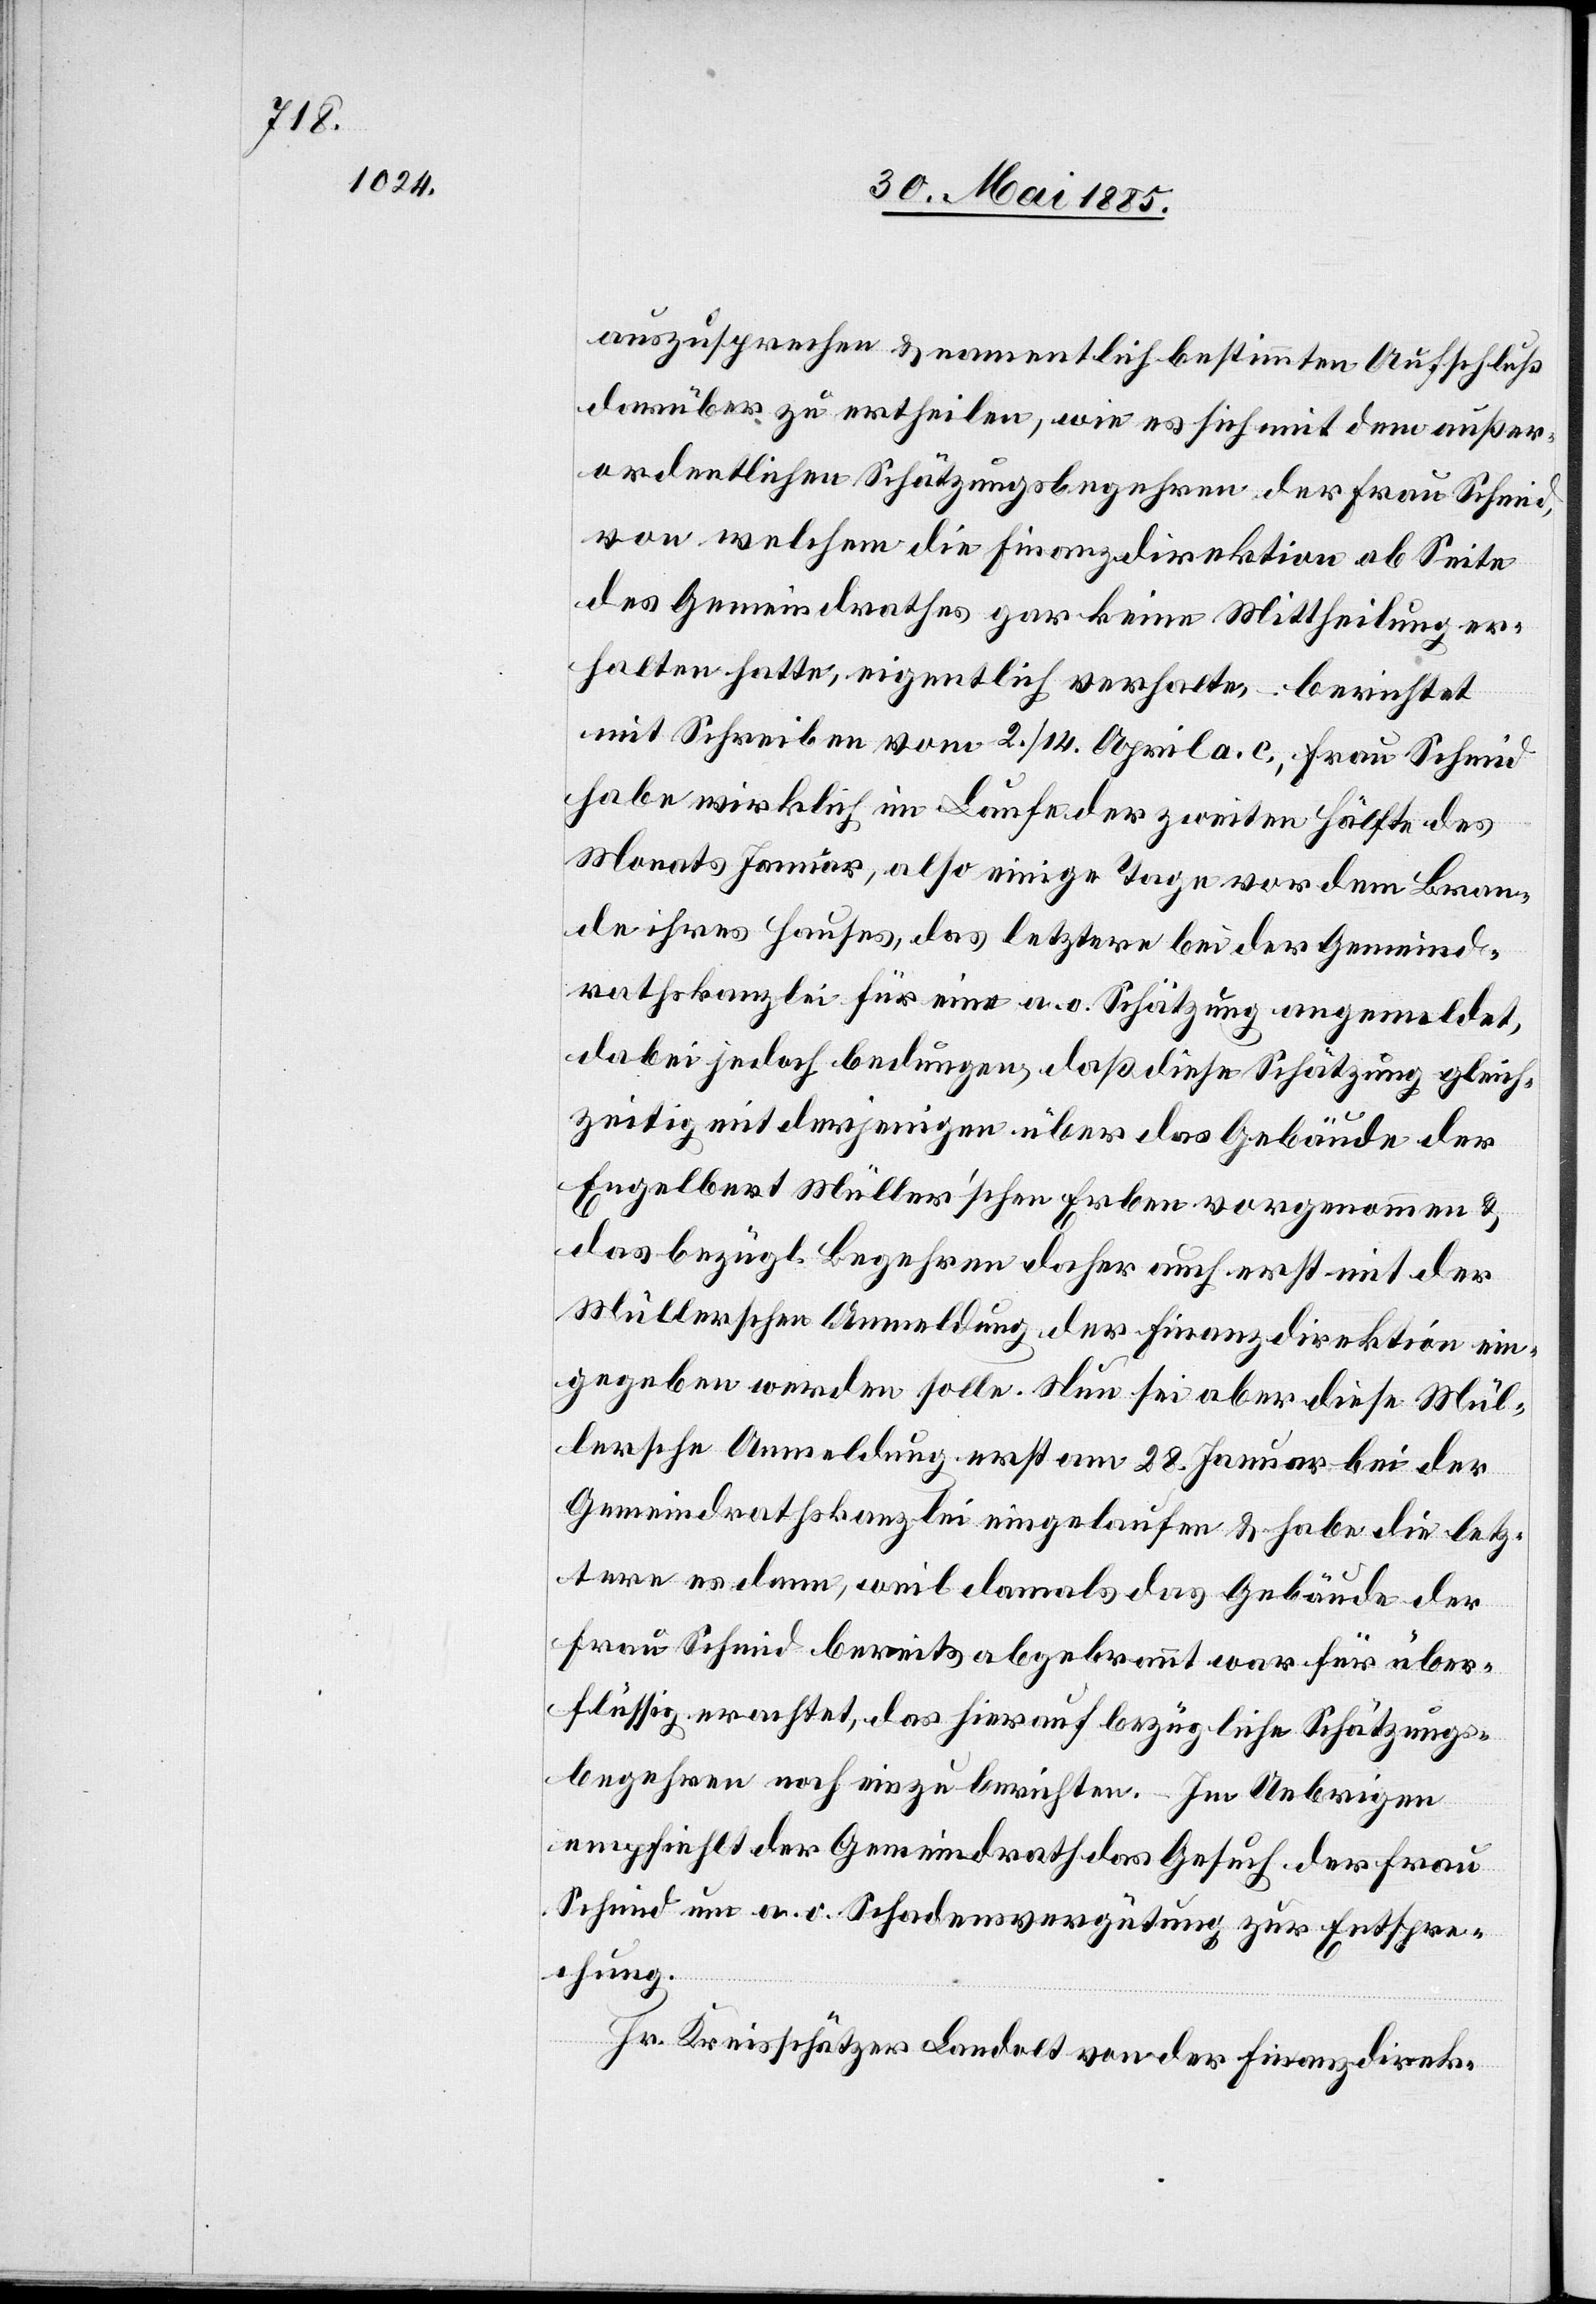
auszusprechen & namentlich bestimmten Aufschluß
darüber zu ertheilen, wie es sich mit dem außer¬
ordentlichen Schätzungsbegehren der Frau Schmid,
von welchem die Finanzdirektion ab Seite
des Gemeindrathes gar keine Mittheilung er¬
halten hatte, eigentlich verhalte, berichtet
mit Schreiben vom 2./14. April a. c., Frau Schmid
habe wirklich im Laufe der zweiten Hälfte des
Monats Januar, also einige Tage vor dem Bran¬
de ihres Hauses, das letztere bei der Gemeind¬
rathskanzlei für eine a. o. Schätzung angemeldet,
dabei jedoch bedungen, daß diese Schätzung gleich¬
zeitig mit derjenigen über das Gebäude der
Engelbert Müller’schen Erben vorgenommen &
das bezügl. Begehren daher auch erst mit der
Müllerschen Anmeldung der Finanzdirektion ein¬
gegeben werden solle. Nun sei aber diese Mül¬
lersche Anmeldung erst am 28. Januar bei der
Gemeindrathskanzlei eingelaufen & habe die letz¬
tere es dann, weil damals das Gebäude der
Frau Schmid bereits abgebrannt war für über¬
flüssig erachtet, das hierauf bezügliche Schätzungs¬
begehren noch einzuberichten. – Im Uebrigen
empfiehlt der Gemeindrath das Gesuch der Frau
Schmid um a. o. Schadensvergütung zur Entspre¬
chung.
Hr. Kreisschätzer Landolt von der Finanzdirek-